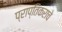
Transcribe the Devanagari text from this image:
प्राप्‍तिकराचे